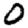
Digit: 0